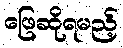
ဖြေဆိုရမည့်